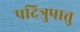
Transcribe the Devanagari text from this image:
पदित्रुपात्तु